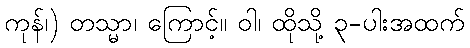
ကုန်၊) တသ္မာ၊ ကြောင့်။ ဝါ၊ ထိုသို့ ၃-ပါးအထက်